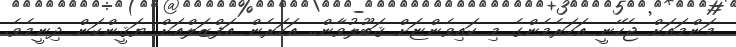
މަންމައަށް ޖެހޭނީ އަހަރެމެންގެ މި ކައިވެންޏަށް ޤަބޫލުވާން.. އަހަރެން އަފްޒަލްއަށް ޔަޤީންކަން ދިނީމެވެ.